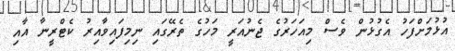
އުޅުމަށްފަހު އެގުޅުން ވެސް މިއަހަރުގެ ޖެނުއަރީ މަހުގެ ތެރޭގައި ނިމިފައިވާއިރު ކެޓްރީނާ އާއި